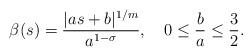
LaTeX: \begin{align*} \begin{aligned} \beta(s)=\frac{|as+b|^{1/m}}{a^{1-\sigma}}, ~~~ 0\leq \frac{b}{a}\leq \frac{3}{2}. \end{aligned} \end{align*}